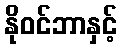
နိုဝင်ဘာနှင့်